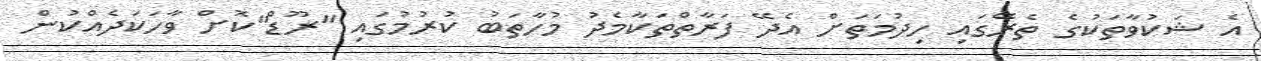
އެ ޝަކުވާތަކުގެ ތެރޭގައި ހިދުމަތަށް އެދޭ ފަރާތްތަކާމެދު މުހާތަބު ކުރުމުގައި "ރޫޑް"ކޮށް ވާހަކަދެއްކުން